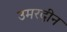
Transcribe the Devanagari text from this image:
उमरदीन